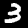
Label: 3